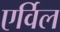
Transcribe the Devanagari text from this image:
एर्विल